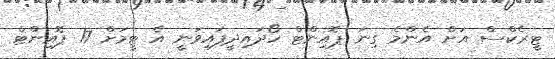
ޓީރެކްސް އަށް އެންމެ ގިނަ ޕޮއިންޓް ހޯދައިދީފައިވަނީ އެ ޓީމަށް 17 ޕޮއިންޓް